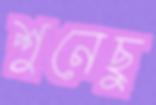
শুনেছু